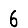
Digit: 6